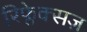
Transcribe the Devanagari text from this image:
रिफ्लेक्सज़